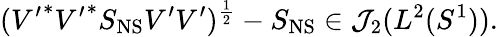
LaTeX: ({V^{\prime}}^{*}{V^{\prime}}^{*}S_{\mathrm{NS}}V^{\prime}V^{\prime})^{\frac{1}{2}}-S_{\mathrm{NS}}\in{\cal J}_{2}(L^{2}(S^{1})).